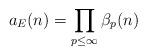
LaTeX: \begin{align*} a_{E}(n) = \prod_{p \leq \infty} \beta_{p}(n)\end{align*}